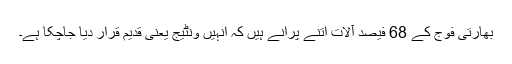
بھارتی فوج کے 68 فیصد آلات اتنے پرانے ہیں کہ انہیں ونٹیج یعنی قدیم قرار دیا جاچکا ہے۔